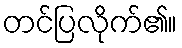
တင်ပြလိုက်၏။